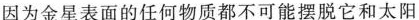
因为金星表面的任何物质都不可能摆脱它和太阳